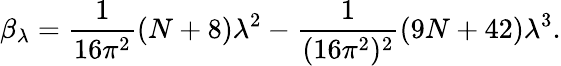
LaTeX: \beta_{\lambda}=\frac{1}{16\pi^{2}}(N+8){\lambda}^{2}-\frac{1}{(16\pi^{2})^{2}}(9N+42){\lambda}^{3}.